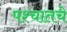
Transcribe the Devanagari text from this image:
पश्चातचे